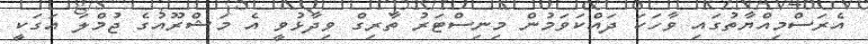
އެރަސްމިއްޔާތުގައި ވާހަކަ ދައްކަވަމުން މިނިސްޓަރު ތާރިގް ވިދާޅުވީ އެ މަޝްރޫއުގެ ޖުމްލަ އަގަކީ